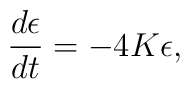
\frac{d \epsilon}{d t} = - 4 K \epsilon,